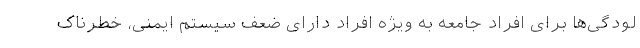
لودگی‌ها برای افراد جامعه به ویژه افراد دارای ضعف سیستم ایمنی، خطرناک